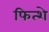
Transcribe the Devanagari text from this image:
फित्शे